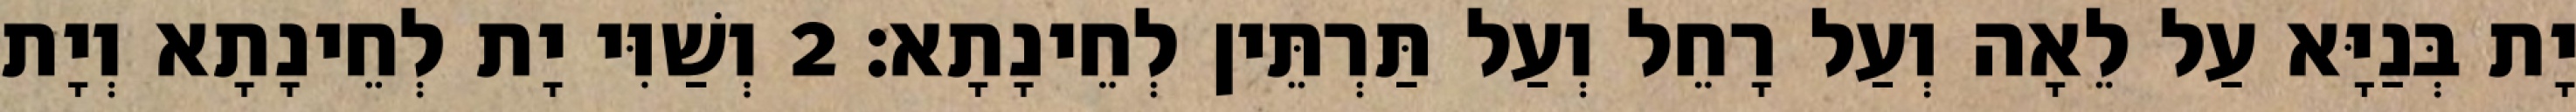
יָת בְּנַיָּא עַל לֵאָה וְעַל רָחֵל וְעַל תַּרְתֵּין לְחֵינָתָא׃ 2 וְשַׁוִּי יָת לְחֵינָתָא וְיָת